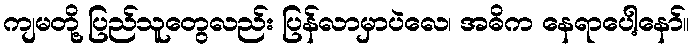
ကျမတို့ ပြည်သူတွေလည်း ပြန်လာမှာပဲလေ၊ အဓိက နေရာပေါ့နော်။